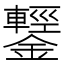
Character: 鑋